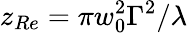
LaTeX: z_{Re}=\pi w_{0}^{2}\Gamma^{2}/\lambda